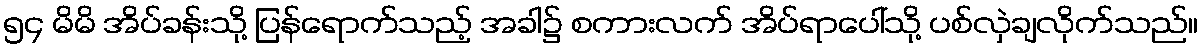
၅၄ မိမိ အိပ်ခန်းသို့ ပြန်ရောက်သည့် အခါ၌ စကားလက် အိပ်ရာပေါ်သို့ ပစ်လှဲချလိုက်သည်။